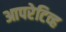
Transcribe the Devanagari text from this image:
आपरेटिव्ह